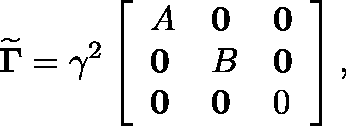
\mathbf { \widetilde { \Gamma } } = \gamma ^ { 2 } \left[ \begin{array} { l l l } { \mathfrak { A } } & { \mathbf { 0 } } & { \mathbf { 0 } } \\ { \mathbf { 0 } } & { \mathfrak { B } } & { \mathbf { 0 } } \\ { \mathbf { 0 } } & { \mathbf { 0 } } & { 0 } \end{array} \right] ,